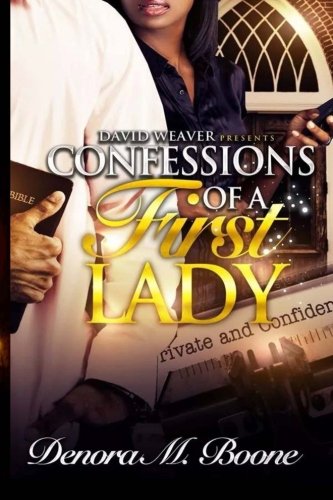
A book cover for Confessions of a First Lady; Denora M Boone; Literature & Fiction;